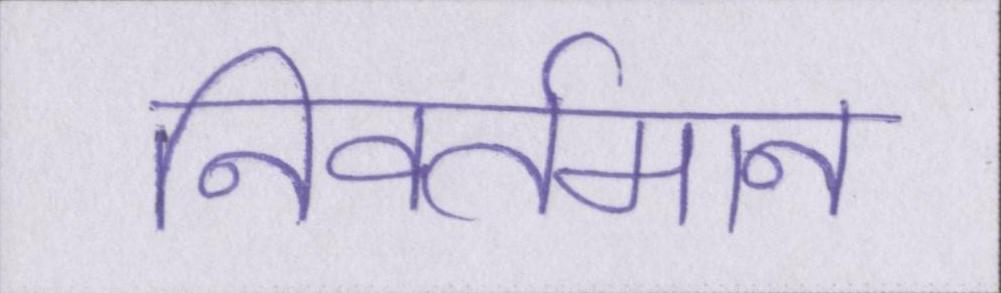
निवर्तमान